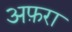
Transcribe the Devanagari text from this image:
अफ़रा